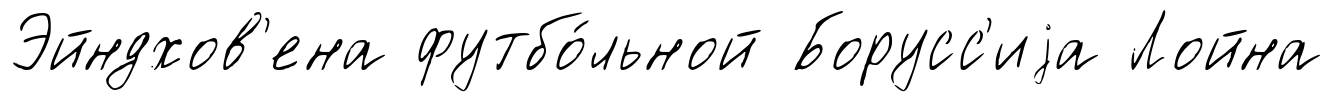
Эйндхов'ена футбо́льной Борусс'иjа Лойна